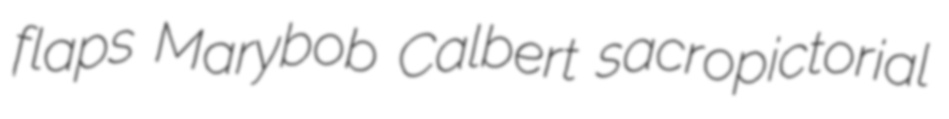
flaps Marybob Calbert sacropictorial